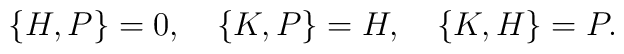
\{ H , P \} = 0, \quad   \{ K , P \} = H, \quad   \{ K , H \} = P.